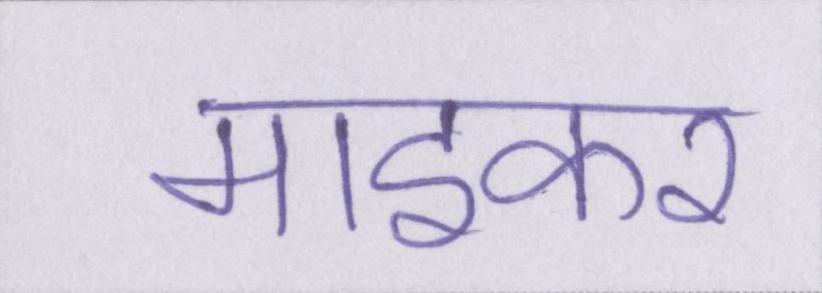
माइकर